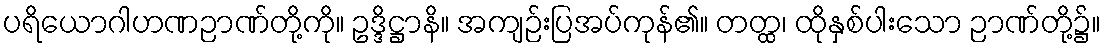
ပရိယောဂါဟဏဉာဏ်တို့ကို။ ဥဒ္ဒိဋ္ဌာနိ။ အကျဉ်းပြအပ်ကုန်၏။ တတ္ထ၊ ထိုနှစ်ပါးသော ဉာဏ်တို့၌။